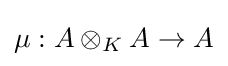
{\textstyle \mu :A\otimes _{K}A\rightarrow A}